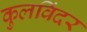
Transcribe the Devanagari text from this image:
कुलविंदर